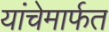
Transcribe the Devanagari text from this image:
यांचेमार्फत